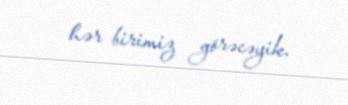
hər birimiz görəcəyik.